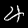
Label: 4